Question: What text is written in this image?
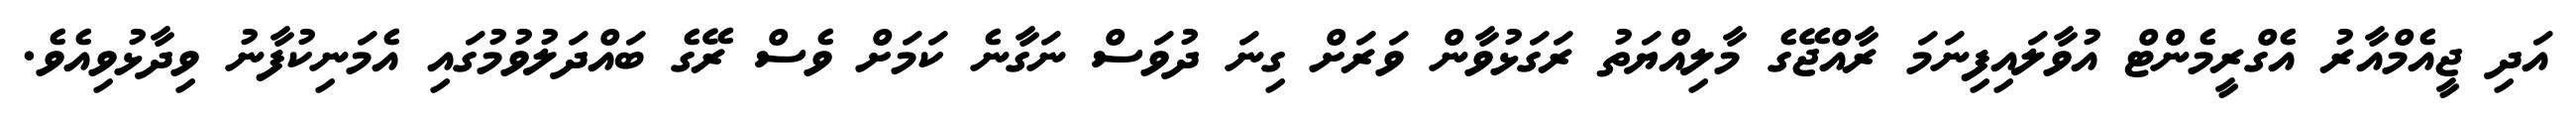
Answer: އަދި ޖީއެމްއާރު އެގްރީމެންޓް އުވާލައިފިނަމަ ރާއްޖޭގެ މާލިއްޔަތު ރަގަޅުވާން ވަރަށް ގިނަ ދުވަސް ނަގާނެ ކަމަށް ވެސް ރޭގެ ބައްދަލުވުމުގައި އެމަނިކުފާނު ވިދާޅުވިއެވެ.